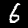
Digit: 6